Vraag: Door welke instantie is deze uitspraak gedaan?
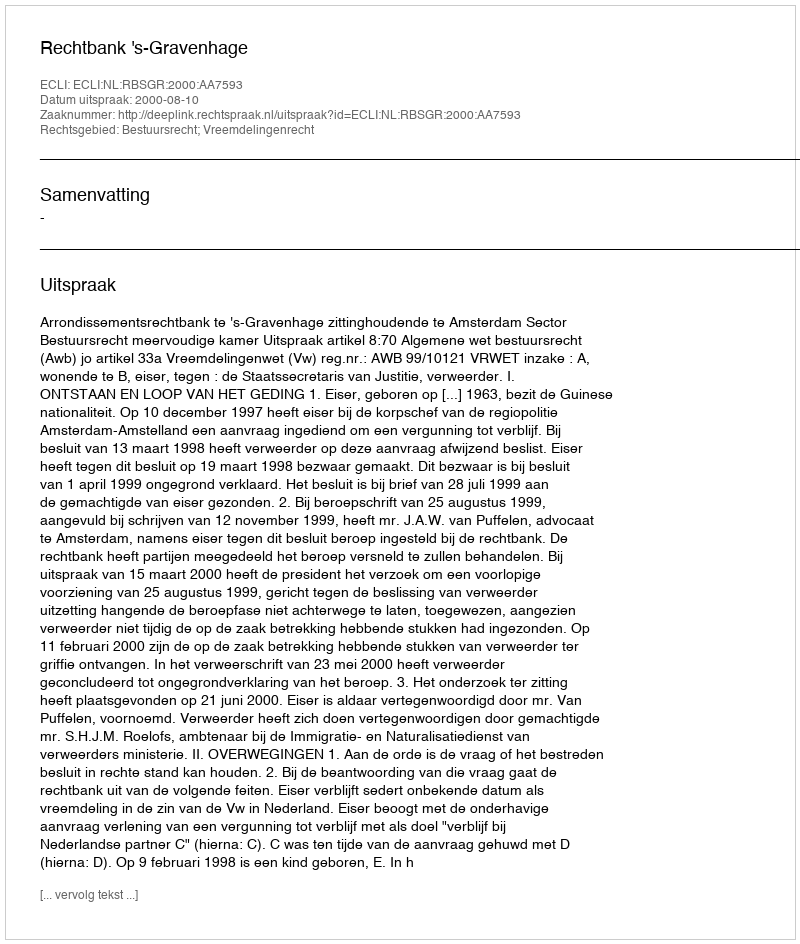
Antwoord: Rechtbank 's-Gravenhage